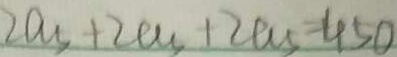
2 a _ { 5 } + 2 a _ { 5 } + 2 a _ { 5 } = 4 5 0